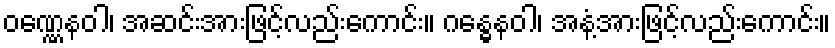
ဝဏ္ဏေနဝါ၊ အဆင်းအားဖြင့်လည်းကောင်း။ ဂန္ဓေနဝါ၊ အနံ့အားဖြင့်လည်းကောင်း။